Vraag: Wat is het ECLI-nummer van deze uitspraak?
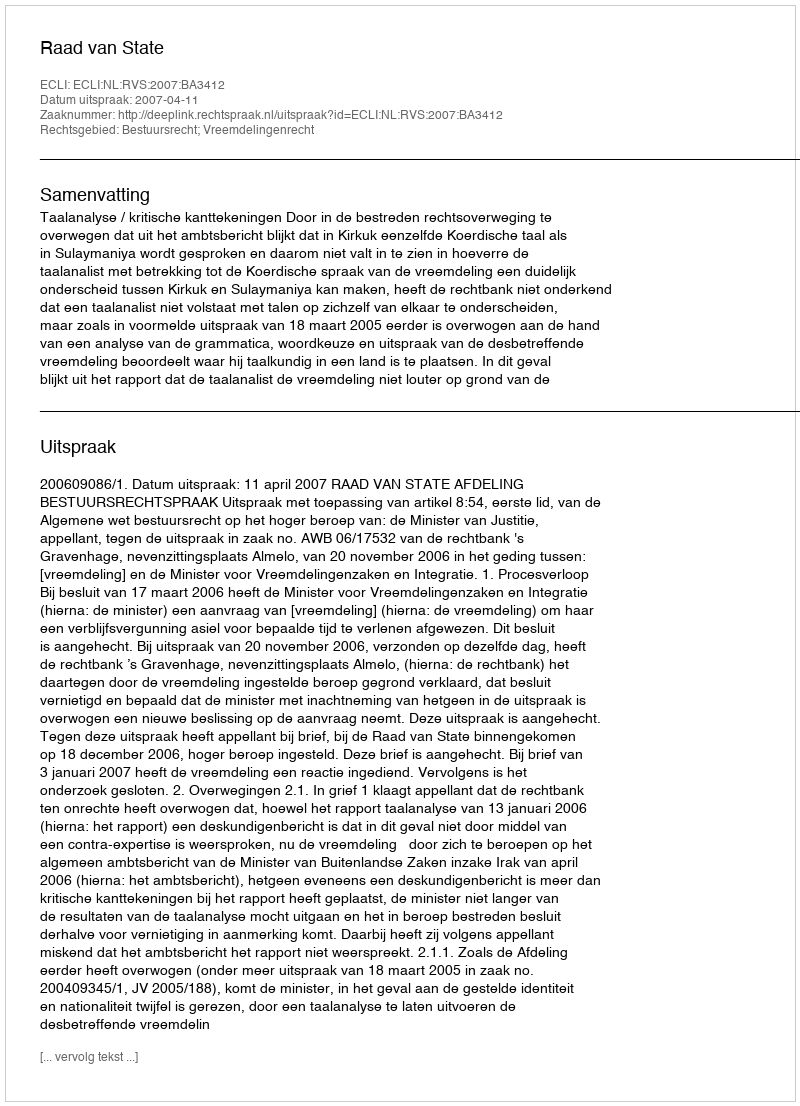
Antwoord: ECLI:NL:RVS:2007:BA3412